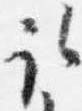
取